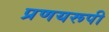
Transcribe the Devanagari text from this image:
प्रणयरूपी